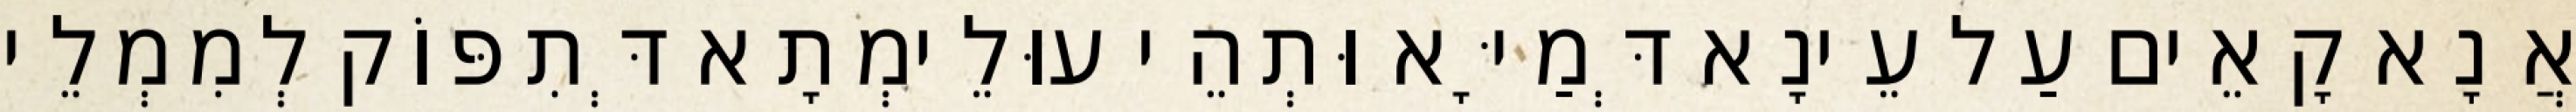
אֲנָא קָאֵים עַל עֵינָא דְּמַיָּא וּתְהֵי עוּלֵימְתָא דְּתִפּוֹק לְמִמְלֵי